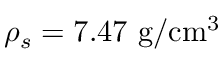
\rho _ { s } = 7 . 4 7 ~ \mathrm { g / c m ^ { 3 } }